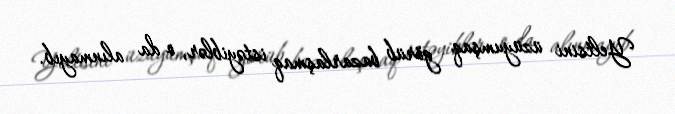
Yeltsini üzüyumşaq görüb bazarlaşmaq istəyiblər, o da alınmayıb.